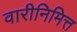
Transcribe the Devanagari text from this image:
वारीनिमित्त